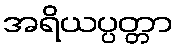
အရိယပ္ပတ္တာ